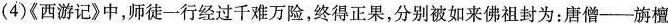
(4)《西游记》中，师徒一行经过千难万险，终得正果，分别被如来佛祖封为：唐僧-旃檀